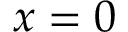
x = 0